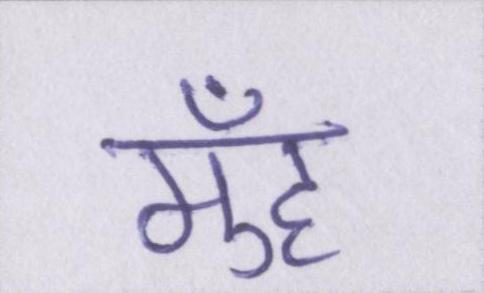
मुँह